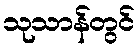
သုသာန်တွင်